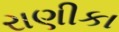
રાણીકા